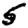
Digit: 5